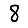
Digit: 8